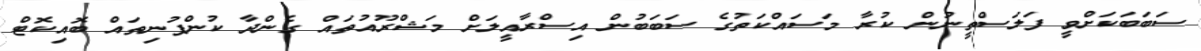
ސަބަބަކަށްވީ ފަލަސްތީނުން ކުރާ މަސައްކަތުގެ ސަބަބުން އިސްރާއީލަށް މަޝްރޫއުތައް ގެންދާ ކުންފުނިތައް ބޮއިކޮޓް